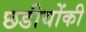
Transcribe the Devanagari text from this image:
छडीयोंकी